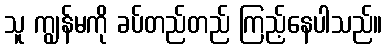
သူ ကျွန်မကို ခပ်တည်တည် ကြည့်နေပါသည်။